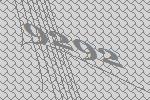
9292